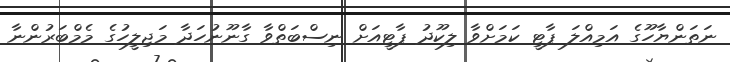
ނަތަންޔާހޫގެ އަމިއްލަ ޕާޓީ ކަމަށްވާ ލިކޫދު ޕާޓީއަށް ނިސްބަތްވާ ގާނޫނުހަދާ މަޖިލީހުގެ މެމްބަރުންނާ